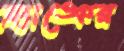
ফ্র্যাঙ্কের